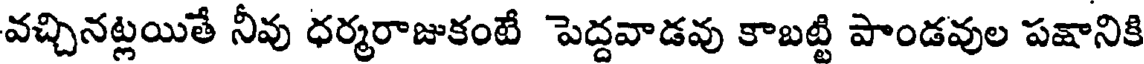
వచ్చినట్లయితే నీవు ధర్మరాజుకంటే పెద్దవాడవు కాబట్టి పాండవుల పక్షానికి